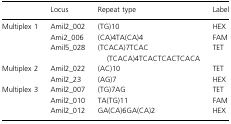
<table><thead><tr><td></td><td><b>Locus</b></td><td><b>Repeat type</b></td><td><b>Label</b></td></tr></thead><tbody><tr><td rowspan="3">Multiplex 1</td><td>Amil2_002</td><td>(TG)10</td><td>HEX</td></tr><tr><td>Ami2_006</td><td>(CA)4TA(CA)4</td><td>FAM</td></tr><tr><td>Amil5_028</td><td>(TCACA)7TCAC(TCACA)4TCACTCACTCACA</td><td>TET</td></tr><tr><td rowspan="2">Multiplex 2</td><td>Amil2_022</td><td>(AC)10</td><td>TET</td></tr><tr><td>Amil2_23</td><td>(AG)7</td><td>HEX</td></tr><tr><td rowspan="3">Multiplex 3</td><td>Amil2_007</td><td>(TG)7AG</td><td>TET</td></tr><tr><td>Amil2_010</td><td>TA(TG)11</td><td>FAM</td></tr><tr><td>Amil2_012</td><td>GA(CA)6GA(CA)2</td><td>HEX</td></tr></tbody></table>